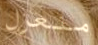
منعزل